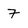
Character: 7